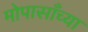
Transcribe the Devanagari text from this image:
मोपासाँच्या